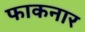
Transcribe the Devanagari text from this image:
फाकनार